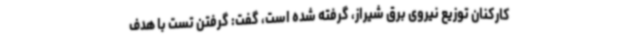
کارکنان توزیع نیروی برق شیراز، گرفته شده است، گفت: گرفتن تست با هدف